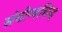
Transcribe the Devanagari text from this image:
संयोग्यचिन्ह